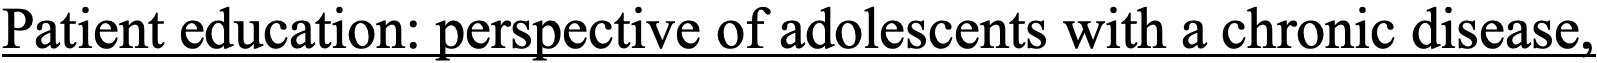
Patient education: perspective of adolescents with a chronic disease,